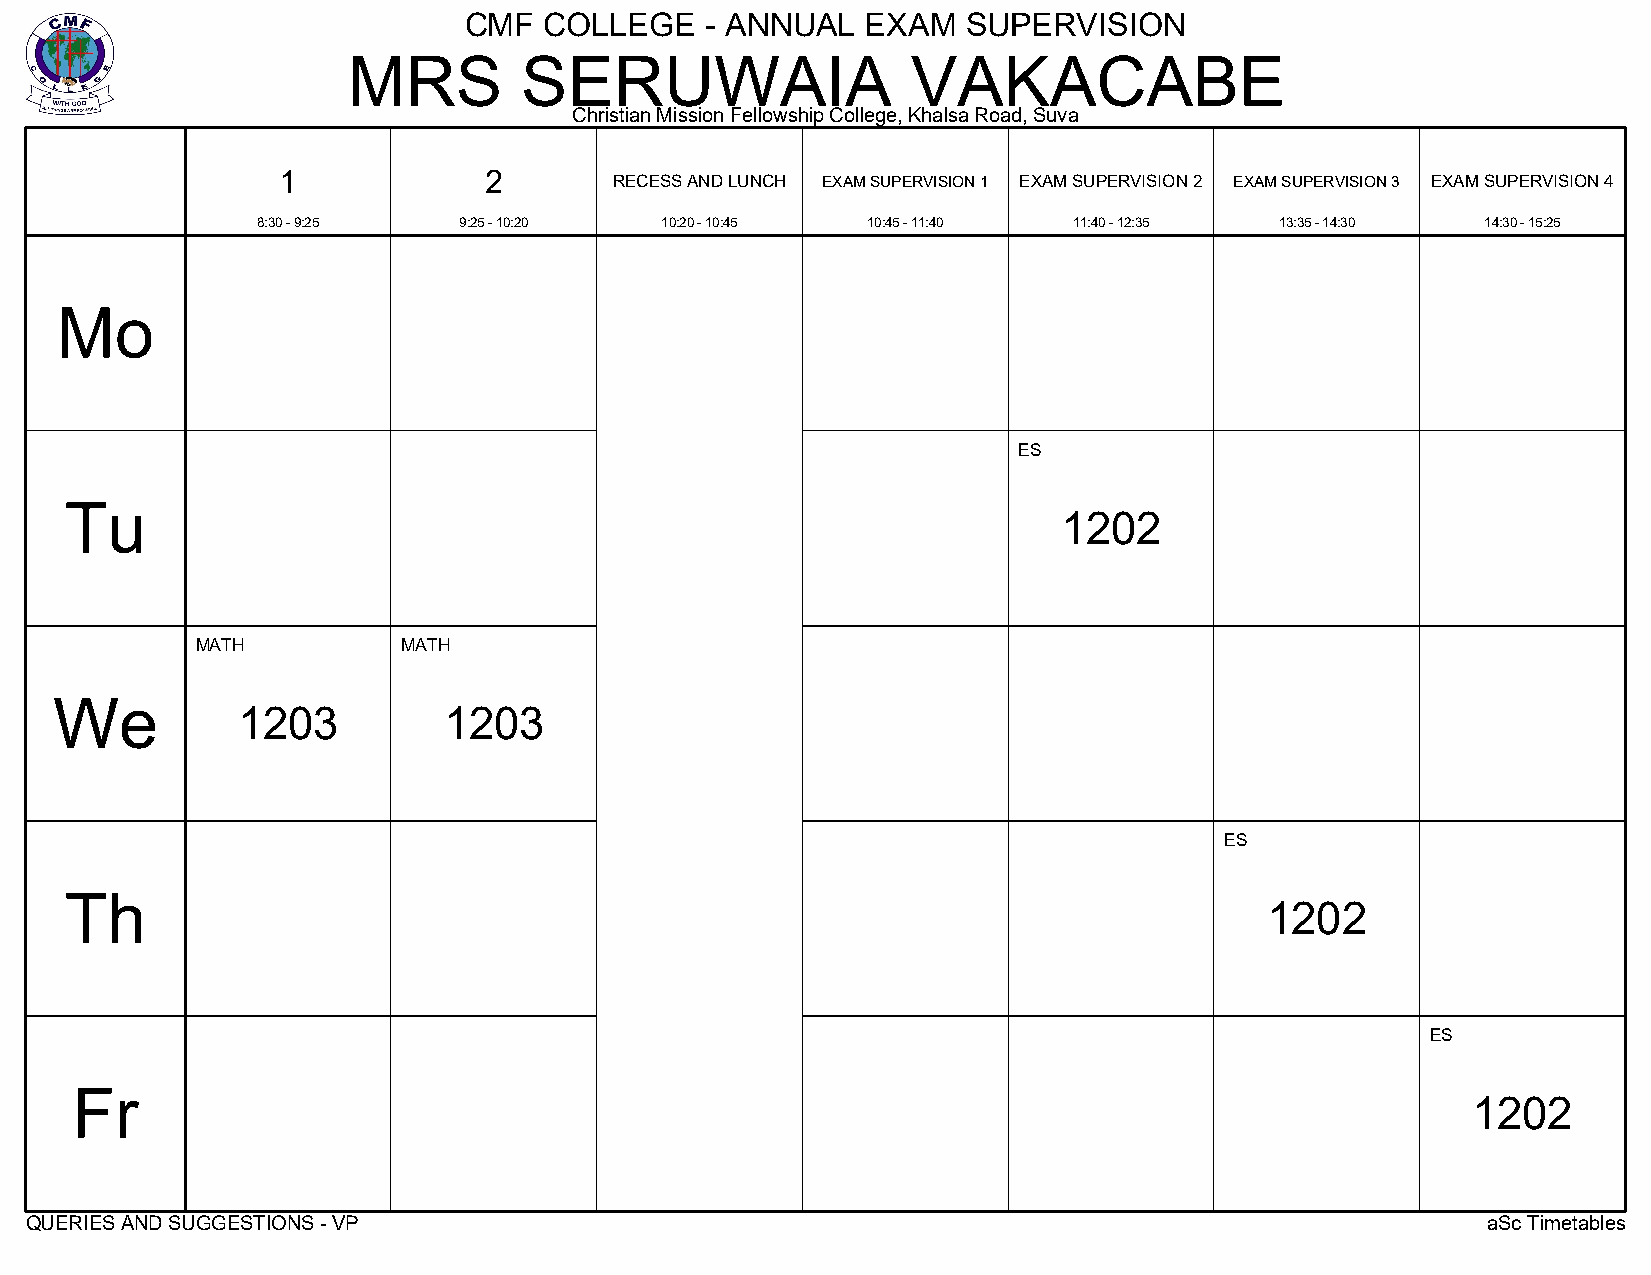
CMF  COLLEGE    - ANNUAL  EXAM   SUPERVISION
 MRS        SERUWAIA                  VAKACABE
 Christian Mission Fellowship College, Khalsa Road, Suva
 1             2
 RECESS AND LUNCH EXAM SUPERVISION 1 EXAM SUPERVISION 2 EXAM SUPERVISION 3 EXAM SUPERVISION 4
 8:30 - 9:25  9:25 - 10:20  10:20 - 10:45 10:45 - 11:40 11:40 - 12:35 13:35 - 14:30 14:30 - 15:25
 Mo
 ES
 Tu
 1202
 MATH          MATH
 We
 1203         1203
 ES
 Th
 1202
 ES
 Fr
 1202
 QUERIES AND SUGGESTIONS - VP                                                                    aSc Timetables